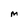
Character: M